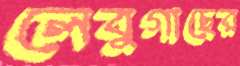
লেবুগাছের